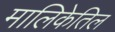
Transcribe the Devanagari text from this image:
मालिकेतिल